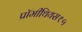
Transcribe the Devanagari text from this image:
प्रॉमीथियस१५